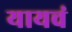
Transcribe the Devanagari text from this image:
यायचं